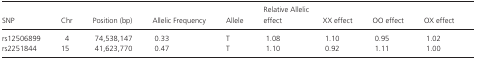
<table><thead><tr><td><b>SNP</b></td><td><b>Chr</b></td><td><b>Position (bp)</b></td><td><b>Allelic Frequency</b></td><td><b>Allele</b></td><td><b>Relative Allelic effect</b></td><td><b>XX effect</b></td><td><b>OO effect</b></td><td><b>OX effect</b></td></tr></thead><tbody><tr><td>rs12506899</td><td>4</td><td>74,538,147</td><td>0.33</td><td>T</td><td>1.08</td><td>1.10</td><td>0.95</td><td>1.02</td></tr><tr><td>rs2251844</td><td>15</td><td>41,623,770</td><td>0.47</td><td>T</td><td>1.10</td><td>0.92</td><td>1.11</td><td>1.00</td></tr></tbody></table>